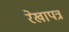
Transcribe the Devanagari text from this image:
रेखापत्र